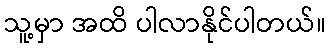
သူ့မှာ အထိ ပါလာနိုင်ပါတယ်။